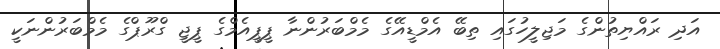
އަދި ރައްޔިތުންގެ މަޖިލީހުގައި ތިބޭ އެމްޑީއޭގެ މެމްބަރުންނާ ޕީޕީއެމްގެ ޕީޖީ ގްރޫޕްގެ މެމްބަރުންނަކީ